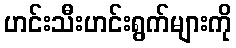
ဟင်းသီးဟင်းရွက်များကို